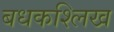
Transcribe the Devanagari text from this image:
बधकश्लिख